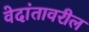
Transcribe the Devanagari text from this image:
वेदांतावरील